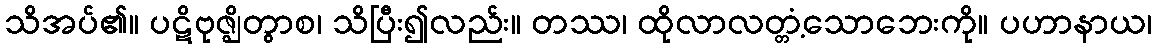
သိအပ်၏။ ပဋိဗုဇ္ဈိတွာစ၊ သိပြီး၍လည်း။ တဿ၊ ထိုလာလတ္တံ့သောဘေးကို။ ပဟာနာယ၊